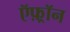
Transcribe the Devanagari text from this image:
ऍफ़्रॉन